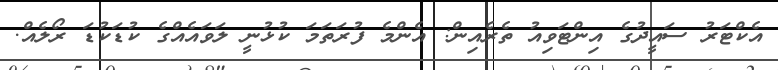
އެކްޓަރު ސައީދުގެ އިންޓަވިއު ތެރެއިން: އެންމެ ފުރަތަމަ ކުޅުނީ ލަވައެއްގެ ކުޑަކުޑަ ރޯލެއް.